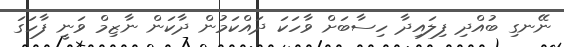
ނޭނގި ބުއްދި ފިލައިދާ ހިސާބަށް ވާހަކަ ދައްކަމުން ދާކަން ނާޒިމް ވަނީ ފާހަގަ